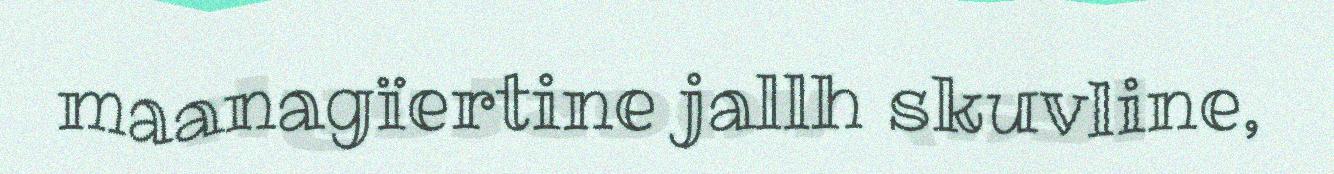
maanagïertine jallh skuvline,